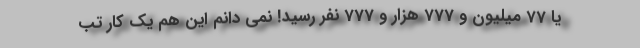
یا 77 میلیون و 777 هزار و 777 نفر رسید! نمی دانم این هم یک کار تب